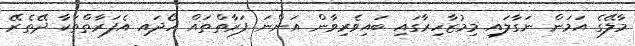
މާލޭގެ އަމަން ނަގާލައި މިމުޒާހިރާގައި ބައިވެރިވާން އަންނަ ފަރާތްތައް ހޯދައި އެފަރާތްތަކާ ދޭތެރޭ